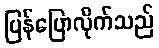
ပြန်ပြောလိုက်သည်